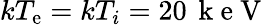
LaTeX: kT_{\mathrm{e}}=kT_{i}=20\, \mathrm{{~k~\mathrm{e}~V~}}